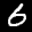
Label: 6